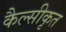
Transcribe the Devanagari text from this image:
कैल्सीकृत